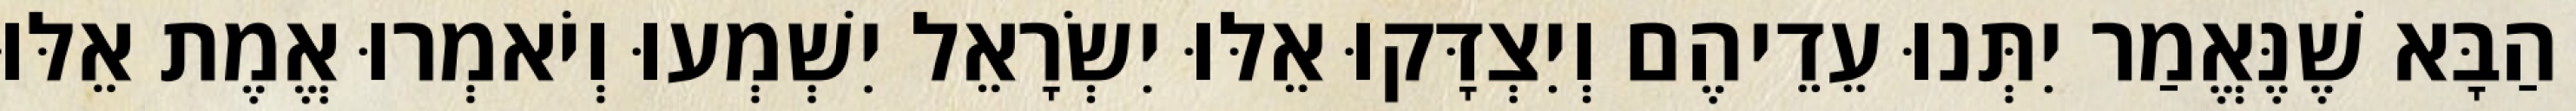
הַבָּא שֶׁנֶּאֱמַר יִתְּנוּ עֵדֵיהֶם וְיִצְדָּקוּ אֵלּוּ יִשְׂרָאֵל יִשְׁמְעוּ וְיֹאמְרוּ אֱמֶת אֵלּוּ